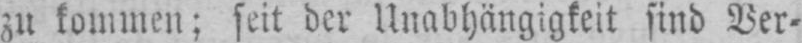
zu kommen; seit der Unabhängigkeit sind Ver-